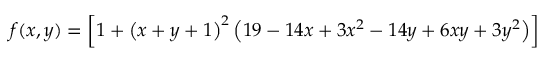
f ( x , y ) = \left[ 1 + \left( x + y + 1 \right) ^ { 2 } \left( 1 9 - 1 4 x + 3 x ^ { 2 } - 1 4 y + 6 x y + 3 y ^ { 2 } \right) \right]